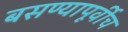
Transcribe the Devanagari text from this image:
बसण्यापूर्वीच